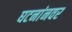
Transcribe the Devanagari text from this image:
घटनांनवर